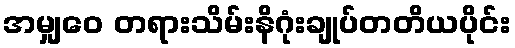
အမျှဝေ တရားသိမ်းနိဂုံးချုပ်တတိယပိုင်း